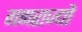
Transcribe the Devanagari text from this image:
गणराज्यौं